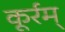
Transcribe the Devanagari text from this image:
कूर्रम्